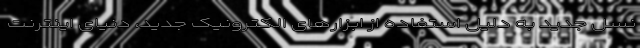
نسل جدید به دلیل استفاده از ابزارهای الکترونیک جدید، دنیای اینترنت